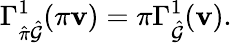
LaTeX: \Gamma_{\hat{\pi}\hat{\mathcal{G}}}^{1}(\pi\mathbf{v})=\pi\Gamma_{\hat{\mathcal{G}}}^{1}(\mathbf{v}).